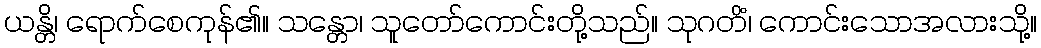
ယန္တိ၊ ရောက်စေကုန်၏။ သန္တော၊ သူတော်ကောင်းတို့သည်။ သုဂတိံ၊ ကောင်းသောအလားသို့။